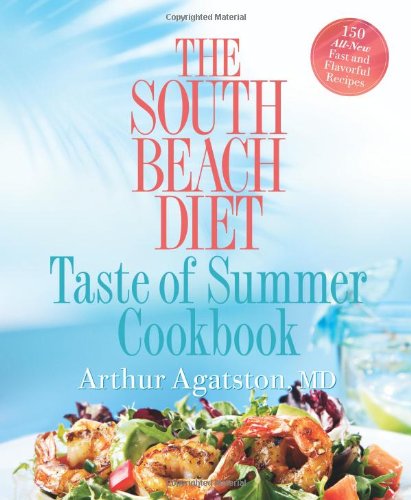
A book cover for The South Beach Diet Taste of Summer Cookbook; Arthur Agatston; Health, Fitness & Dieting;